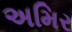
અમિર